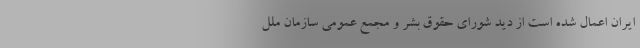
ایران اعمال شده است از دید شورای حقوق بشر و مجمع عمومی سازمان ملل